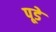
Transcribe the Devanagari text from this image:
पूडे